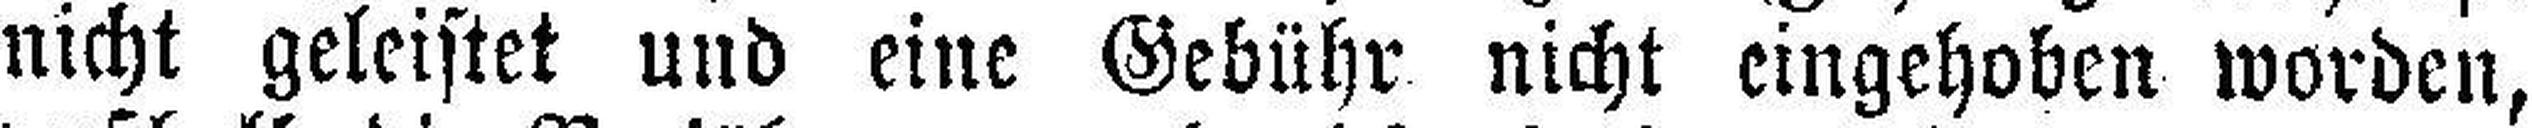
nicht geleistet und eine Gebühr nicht eingehoben worden,